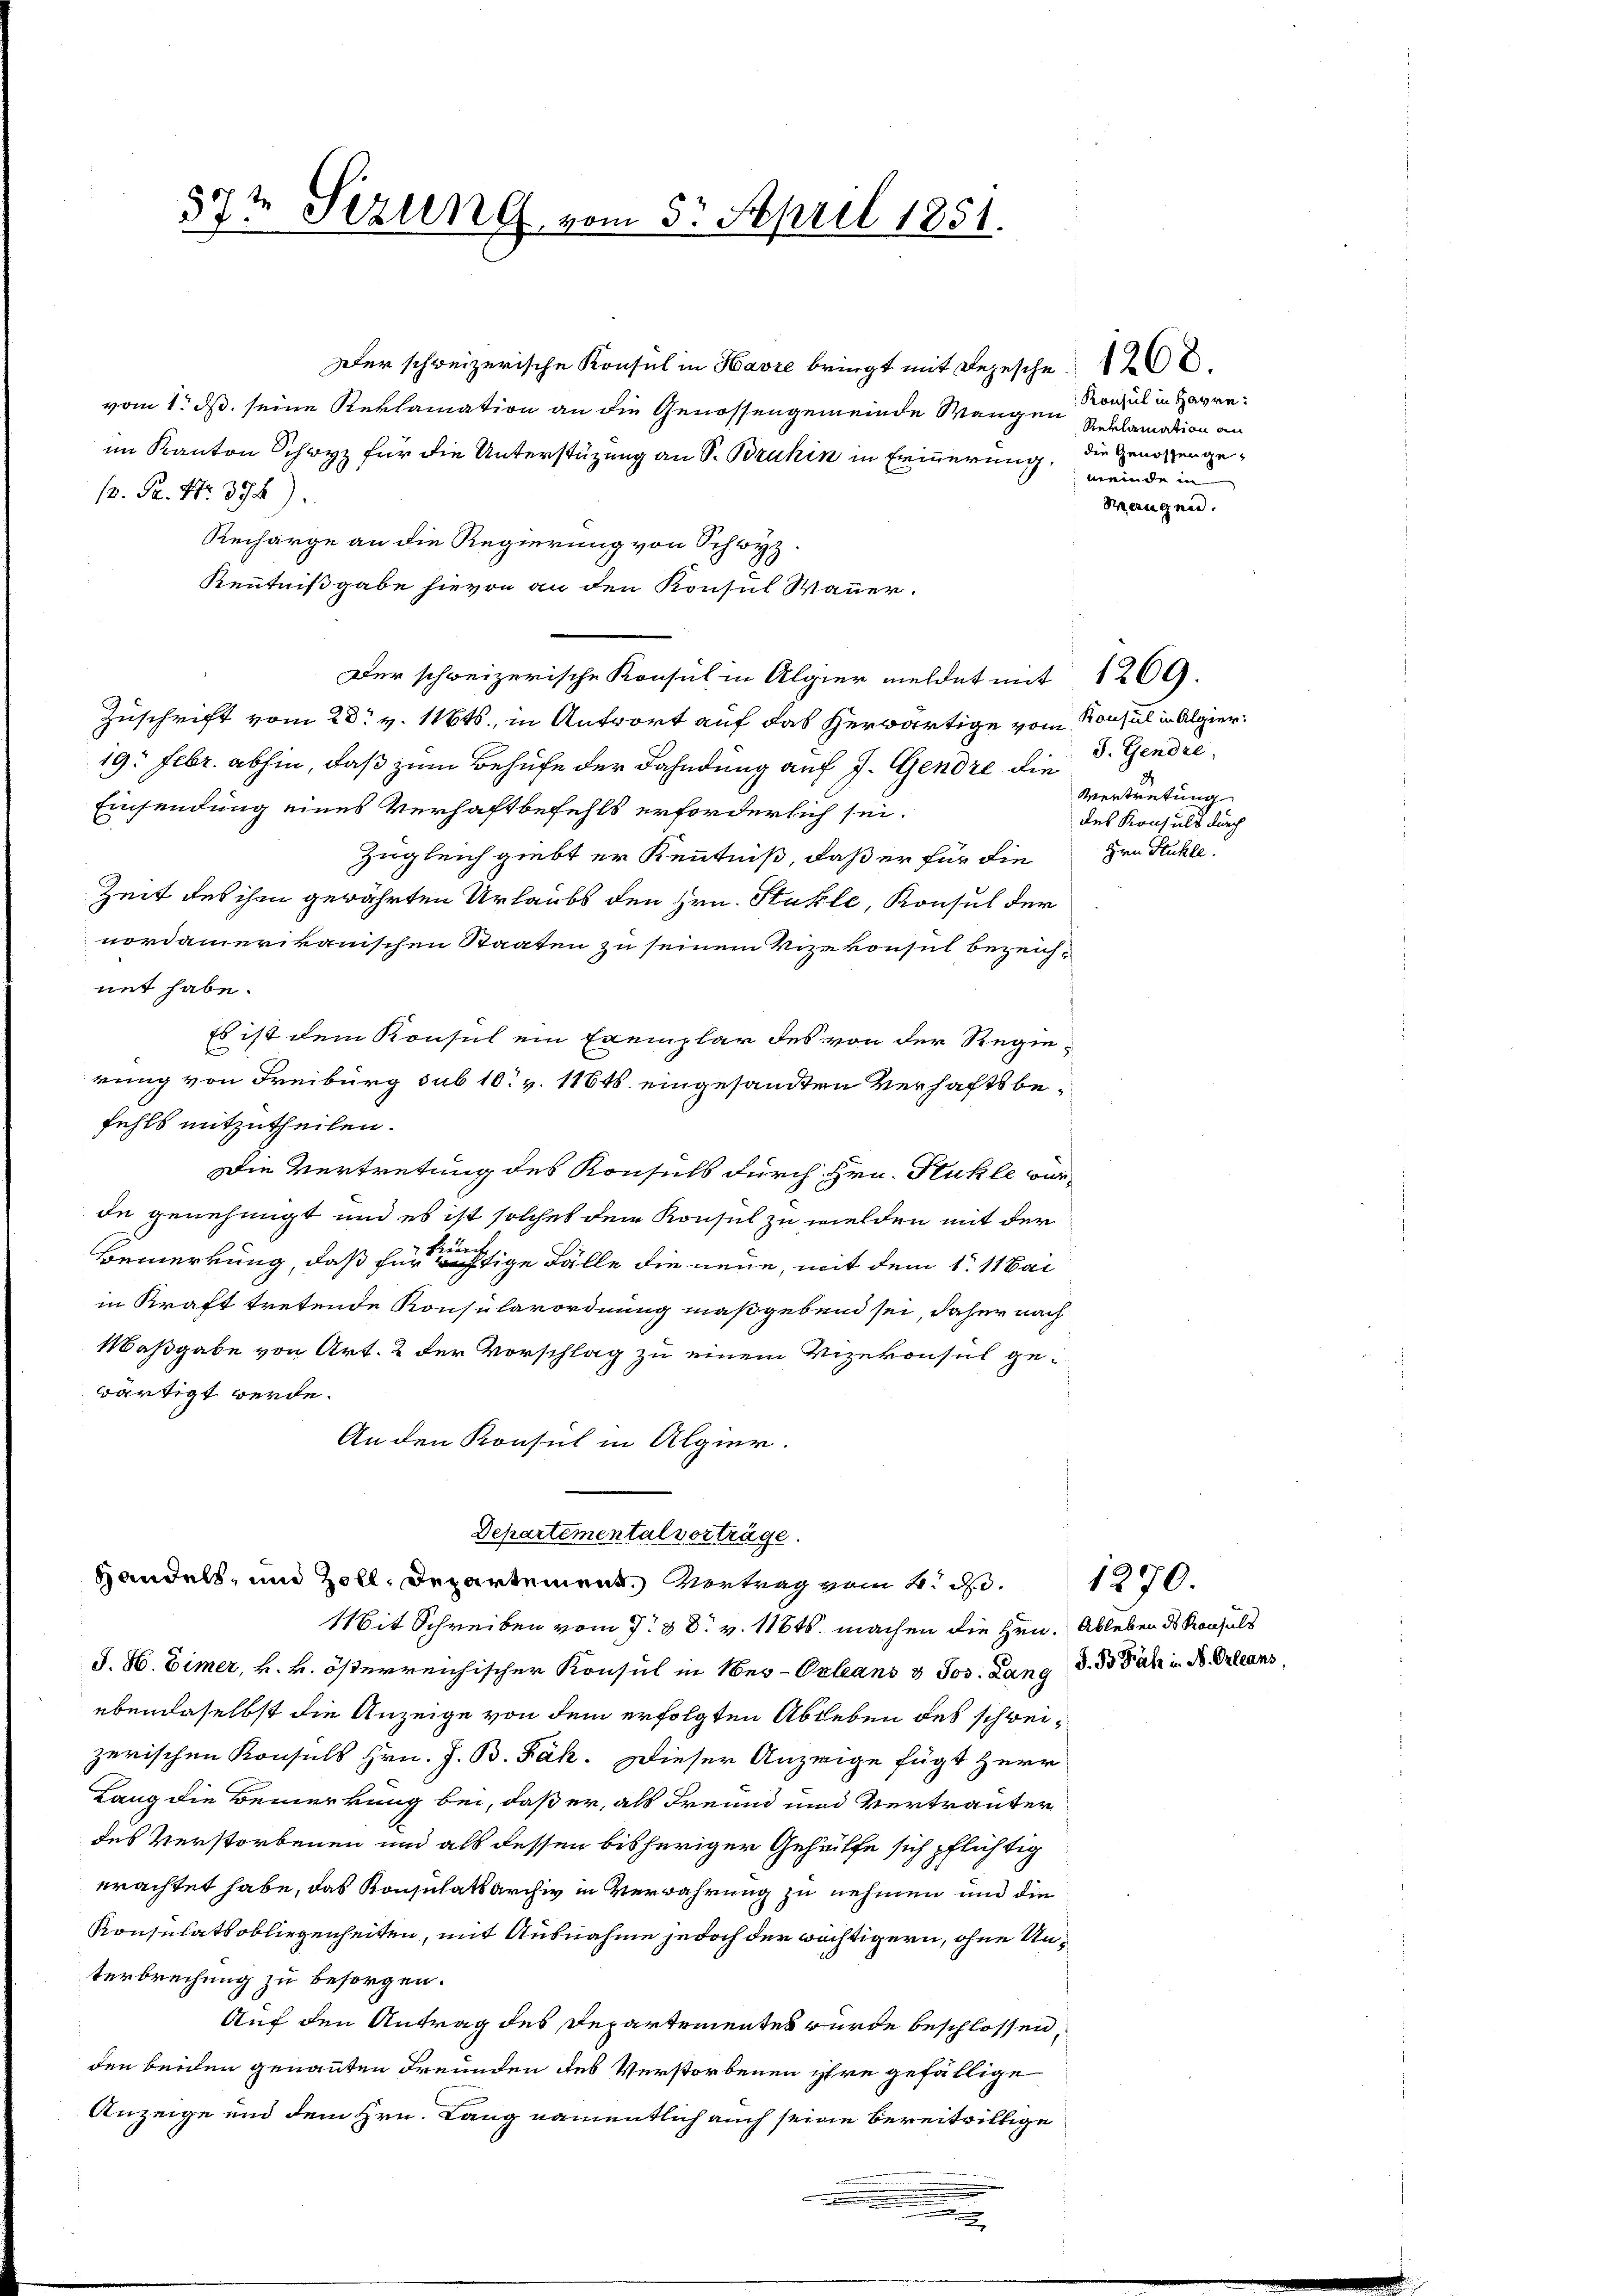
57t Sizung vom 5. April 1851.

Der schweizerische Konsul in Havre bringt mit Depesche 28
vom 1. ds. seine Reklamation an die Genossengemeinde Wangen
im Kanton Schwyz für die Unterstüzung an S. Brukin in Erinnerung, die Genossen ge¬
/. P. Nr. 398).
Recharge an die Regierung von Schwyz.
Kenntnißgabe hievon an den Konsul Wauer.
Der schweizerische Konsul in Algier meldet mit 1209.
Zuschrift vom 28. v. 116t., in Antwort auf das herwärtige vom Konsul in Algier¬
19. Febr. abhin, daß zum Behufe der Dahndung auf J. Gendre die
Einsendung eines Verhaftbefehls erforderlich sei.
zugleich giebt er Kenntniß, daß er für die Hrn. Stuhle.
Zeit des ihm gewährten Urlaubs den Hrn. Stuhle, Konsul der
nordamerikanischen Staaten zu seinem Vizekonsul bezeichnet habe.
Es ist dem Konsul ein Exemplar des von der Regierung von Freiburg sub 10 v. 116ts. eingesandten Verhaftsbefehls mitzutheilen.
Die Vertretung des Konsuls durch Hrn. Fühle würde genehmigt und es ist solches dem Konsul zu wielden mit der
Bemerkung, daß für rechtige Fälle die neue, mit dem 1. 11 Bai
in Kraft tretende Konsularordnung maßgebend sei, daher nach
Maßgabe von Art. 2 der Vorschlag zu einem Vizekonsul gewärtigt werde.
An den Konsul in Algier.
Departemental vorträge.
Handels- und Zoll, Departement. Vortrag vom 2. d. 1270.
Mit Schreiben vom 7. 28. v. 1164. machen die Hrn. Ableben des Konsult
J. H. Eimer, k. k. österreichischer Konsul in Ner-Orleans & Jos. Lang d. B. Jahr in B. Orleans,
ebendaselbst die Anzeige von dem erfolgten Ableben des schweizerischen Konsuls Hrn. J. B. Fäh. Dieser Anzeige fügt Herr
Lang die Bemerkung bei, daß er, als Freund und Vertrauter
des Verstorbenen und als dessen bisheriger Gehülfe sich pflichtig
erachtet habe, das Konsulatsarchiv in Verwahrung zu nehmen und die
Konsulatsobliegenheiten, mit Ausnahme jedoch der wichtigern, ohne Unterbrechung zu besorgen.
Auf den Antrag des Departementes wurde beschlossen,
den beiden genannten Freunden des Verstorbenen ihre gefällige
Anzeige und dem Hrn. Lang namentlich auch seine bereitwillige
.

Konsul in Havre:
Reklamation an
meinde in
Merugen.

S. Gendre,
Vertretung
des Konsuls durch